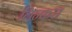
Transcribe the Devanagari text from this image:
लिन्कस